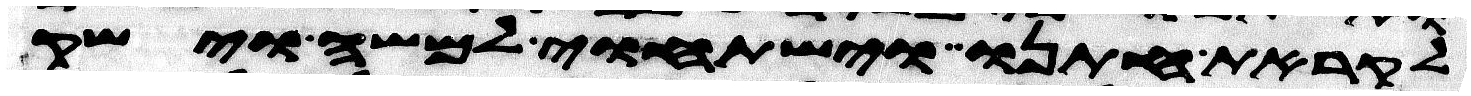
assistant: לקראת חתנו וישתחוי למשה וישק